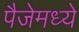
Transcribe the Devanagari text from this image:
पैजेमध्ये